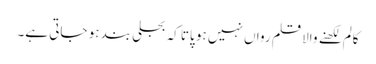
کالم لکھنے والا قلم رواں نہیں ہو پاتا کہ بجلی بند ہو جاتی ہے۔